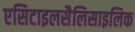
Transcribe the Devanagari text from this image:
एसिटाइलसैलिसाइलिक